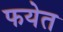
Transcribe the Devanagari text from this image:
फयेत